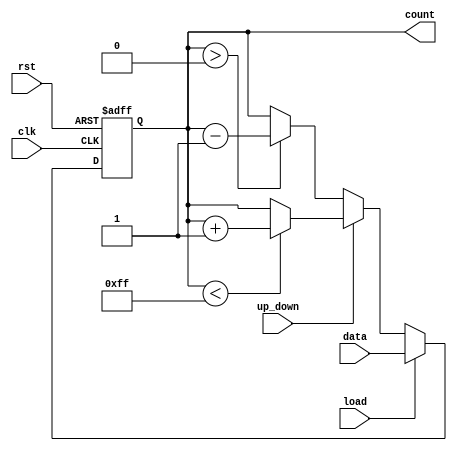
module LoadableCounter (
    input wire clk,            // Clock signal
    input wire rst,            // Asynchronous reset
    input wire load,           // Load control signal
    input wire [7:0] data,     // Load value (8-bit)
    input wire up_down,        // Count direction (1 = up, 0 = down)
    output reg [7:0] count     // Current counter value (8-bit)
);

    // Define maximum and minimum values for the counter
    localparam MAX_COUNT = 8'hFF; // Maximum value for 8-bit counter
    localparam MIN_COUNT = 8'h00; // Minimum value for 8-bit counter

    // Asynchronous reset and load functionality
    always @(posedge clk or posedge rst) begin
        if (rst) begin
            count <= MIN_COUNT; // Reset counter to zero
        end else if (load) begin
            count <= data; // Load new value into counter
        end else begin
            // Counting operation
            if (up_down) begin
                // Count up
                if (count < MAX_COUNT) begin
                    count <= count + 1; // Increment counter
                end
                // Optionally handle overflow (wrap around)
                // else begin
                //     count <= MIN_COUNT; // Wrap around to zero
                // end
            end else begin
                // Count down
                if (count > MIN_COUNT) begin
                    count <= count - 1; // Decrement counter
                end
                // Optionally handle underflow (wrap around)
                // else begin
                //     count <= MAX_COUNT; // Wrap around to max value
                // end
            end
        end
    end

endmodule